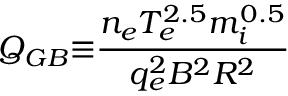
Q _ { G B } { \equiv } \frac { n _ { e } T _ { e } ^ { 2 . 5 } m _ { i } ^ { 0 . 5 } } { q _ { e } ^ { 2 } B ^ { 2 } R ^ { 2 } }